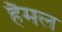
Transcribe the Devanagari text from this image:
हैमल